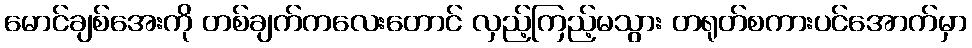
မောင်ချစ်အေးကို တစ်ချက်ကလေးတောင် လှည့်ကြည့်မသွား တရုတ်စကားပင်အောက်မှာ